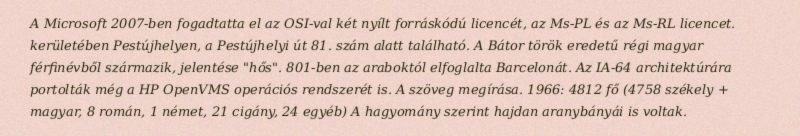
A Microsoft 2007-ben fogadtatta el az OSI-val két nyílt forráskódú licencét, az Ms-PL és az Ms-RL licencet. kerületében Pestújhelyen, a Pestújhelyi út 81. szám alatt található. A Bátor török eredetű régi magyar férfinévből származik, jelentése "hős". 801-ben az araboktól elfoglalta Barcelonát. Az IA-64 architektúrára portolták még a HP OpenVMS operációs rendszerét is. A szöveg megírása. 1966: 4812 fő (4758 székely + magyar, 8 román, 1 német, 21 cigány, 24 egyéb) A hagyomány szerint hajdan aranybányái is voltak.